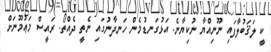
ކީ ލަޤަބުލާފައި ނޫނިއްޔާ ނުކިޔާނެ. އަޅުގަނޑުމެން ހަނދާނުގައި ނެތީ ދެއްތޯ. ރައީސް މަޢުމޫނަށް